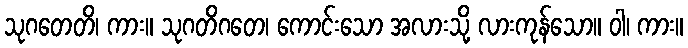
သုဂတေတိ၊ ကား။ သုဂတိဂတေ၊ ကောင်းသော အလားသို့ လားကုန်သော။ ဝါ၊ ကား။